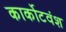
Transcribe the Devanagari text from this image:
कार्कोटवंश